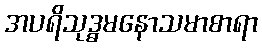
အပရိသုဒ္ဓမနောသမာစာရာ